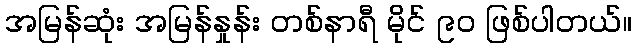
အမြန်ဆုံး အမြန်နှုန်း တစ်နာရီ မိုင် ၉၀ ဖြစ်ပါတယ်။